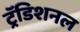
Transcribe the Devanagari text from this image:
ट्रॅडिशनल